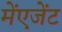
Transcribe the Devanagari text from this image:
मेंएजेंट